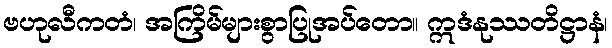
ဗဟုလီကတံ၊ အကြိမ်များစွာပြုအပ်တော။ ဣဒံနုဿတိဋ္ဌာနံ၊